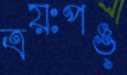
ত্রয়ঃপঙ্